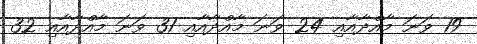
19 ވަނަ މާއްދާއާއި 24 ވަނަ މާއްދާއާއި 31 ވަނަ މާއްދާއާއި 32